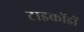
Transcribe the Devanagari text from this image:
टाइकोंडों